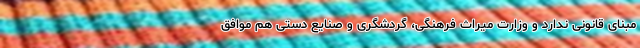
مبنای قانونی ندارد و وزارت میراث فرهنگی، گردشگری و صنایع دستی هم موافق